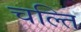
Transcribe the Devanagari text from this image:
चल्ति